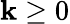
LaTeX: \mathbf{k}\ge0